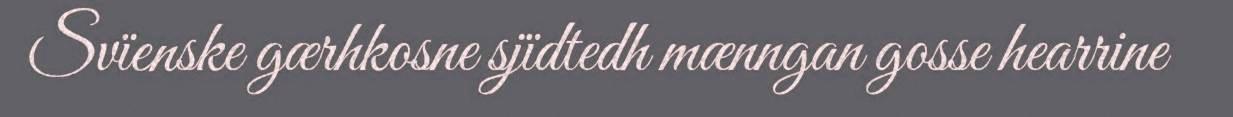
Svïenske gærhkosne sjïdtedh mænngan gosse hearrine